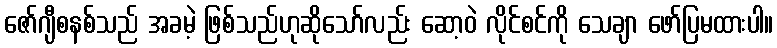
ဇော်ဂျီစနစ်သည် အခမဲ့ ဖြစ်သည်ဟုဆိုသော်လည်း ဆော့ဝဲ လိုင်စင်ကို သေချာ ဖော်ပြမထားပါ။